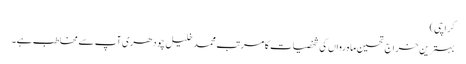
کراچی)
بہترین خراج تحسین ماہِ رواں کی شخصیات کا مرتب محمد خلیل چودھری آپ سے مخاطب ہے۔